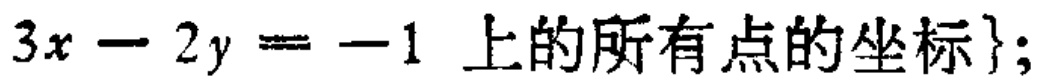
\(3x - 2y = -1\) 上的所有点的坐标\};